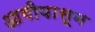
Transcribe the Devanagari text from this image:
आगीपासून